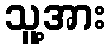
သူ့အား